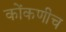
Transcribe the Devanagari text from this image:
कोंकणीच